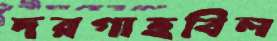
দরগাহবিল